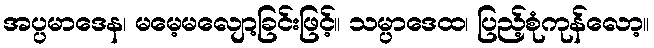
အပ္ပမာဒေန၊ မမေ့မလျော့ခြင်းဖြင့်။ သမ္ပာဒေထ၊ ပြည့်စုံကုန်လော့။